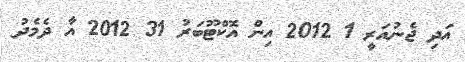
އަދި ޖެނުއަރީ 1 2012 އިން އޮކްޓޫބަރު 31 2012 އާ ދެމެދު